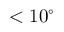
< 1 0 ^ { \circ }